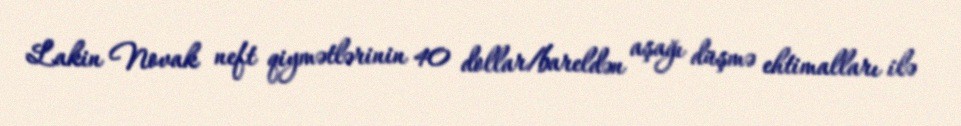
Lakin Novak neft qiymətlərinin 40 dollar/bareldən aşağı düşmə ehtimalları ilə